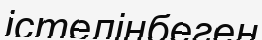
істелінбеген